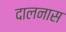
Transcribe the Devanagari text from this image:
दालनास